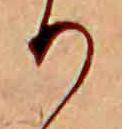
り